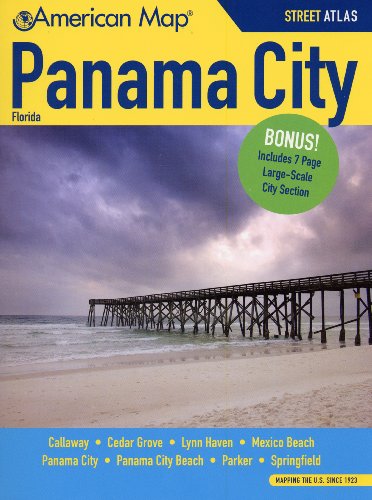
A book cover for Panama City FL Atlas (American Map); American Map; Travel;